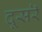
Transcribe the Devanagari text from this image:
दूसरॆ